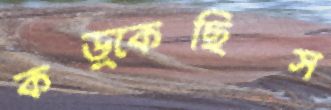
কড়্‌কেছিস